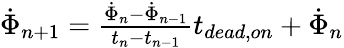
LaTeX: \begin{array}{r}{\dot{\Phi}_{n+1}=\frac{\dot{\Phi}_{n}-\dot{\Phi}_{n-1}}{t_{n}-t_{n-1}}t_{dead,on}+\dot{\Phi}_{n}}\end{array}